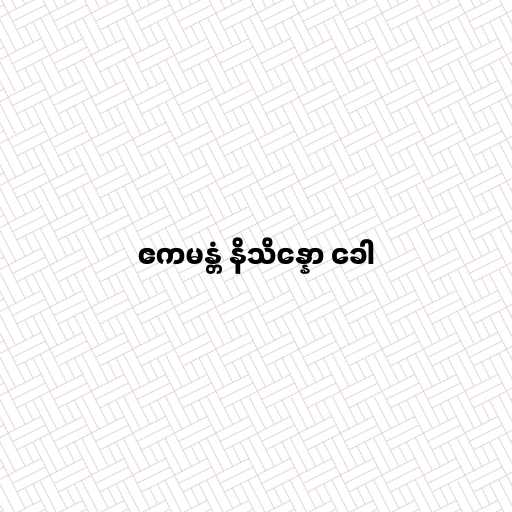
ဧကမန္တံ နိသိန္နော ခေါ